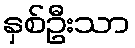
နှစ်ဦးသာ